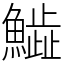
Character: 𩻩